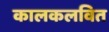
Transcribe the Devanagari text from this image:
कालकलवित